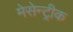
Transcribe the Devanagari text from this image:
मेसेन्ट्रीक